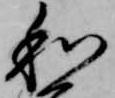
和